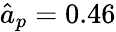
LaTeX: \hat{a}_{p}=0.46